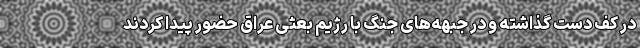
در کف دست گذاشته و در جبهه‌های جنگ با رژیم بعثی عراق حضور پیدا کردند